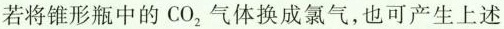
若将锥形瓶中的CO_{2}气体换成氯气，也可产生上述